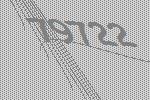
79722